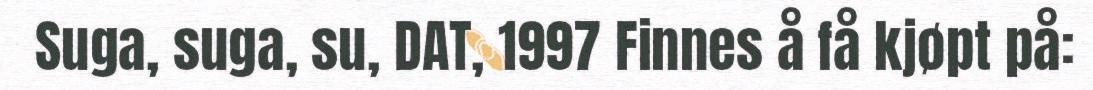
Suga, suga, su, DAT, 1997 Finnes å få kjøpt på: